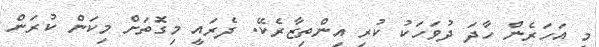
މީ އަހަރެން ހާދަ ދުވަހަކު ކުރި އިންތިޒާރެކޭ. ދެރައީ މިގޮަތަށް މިކަން ކުރަން